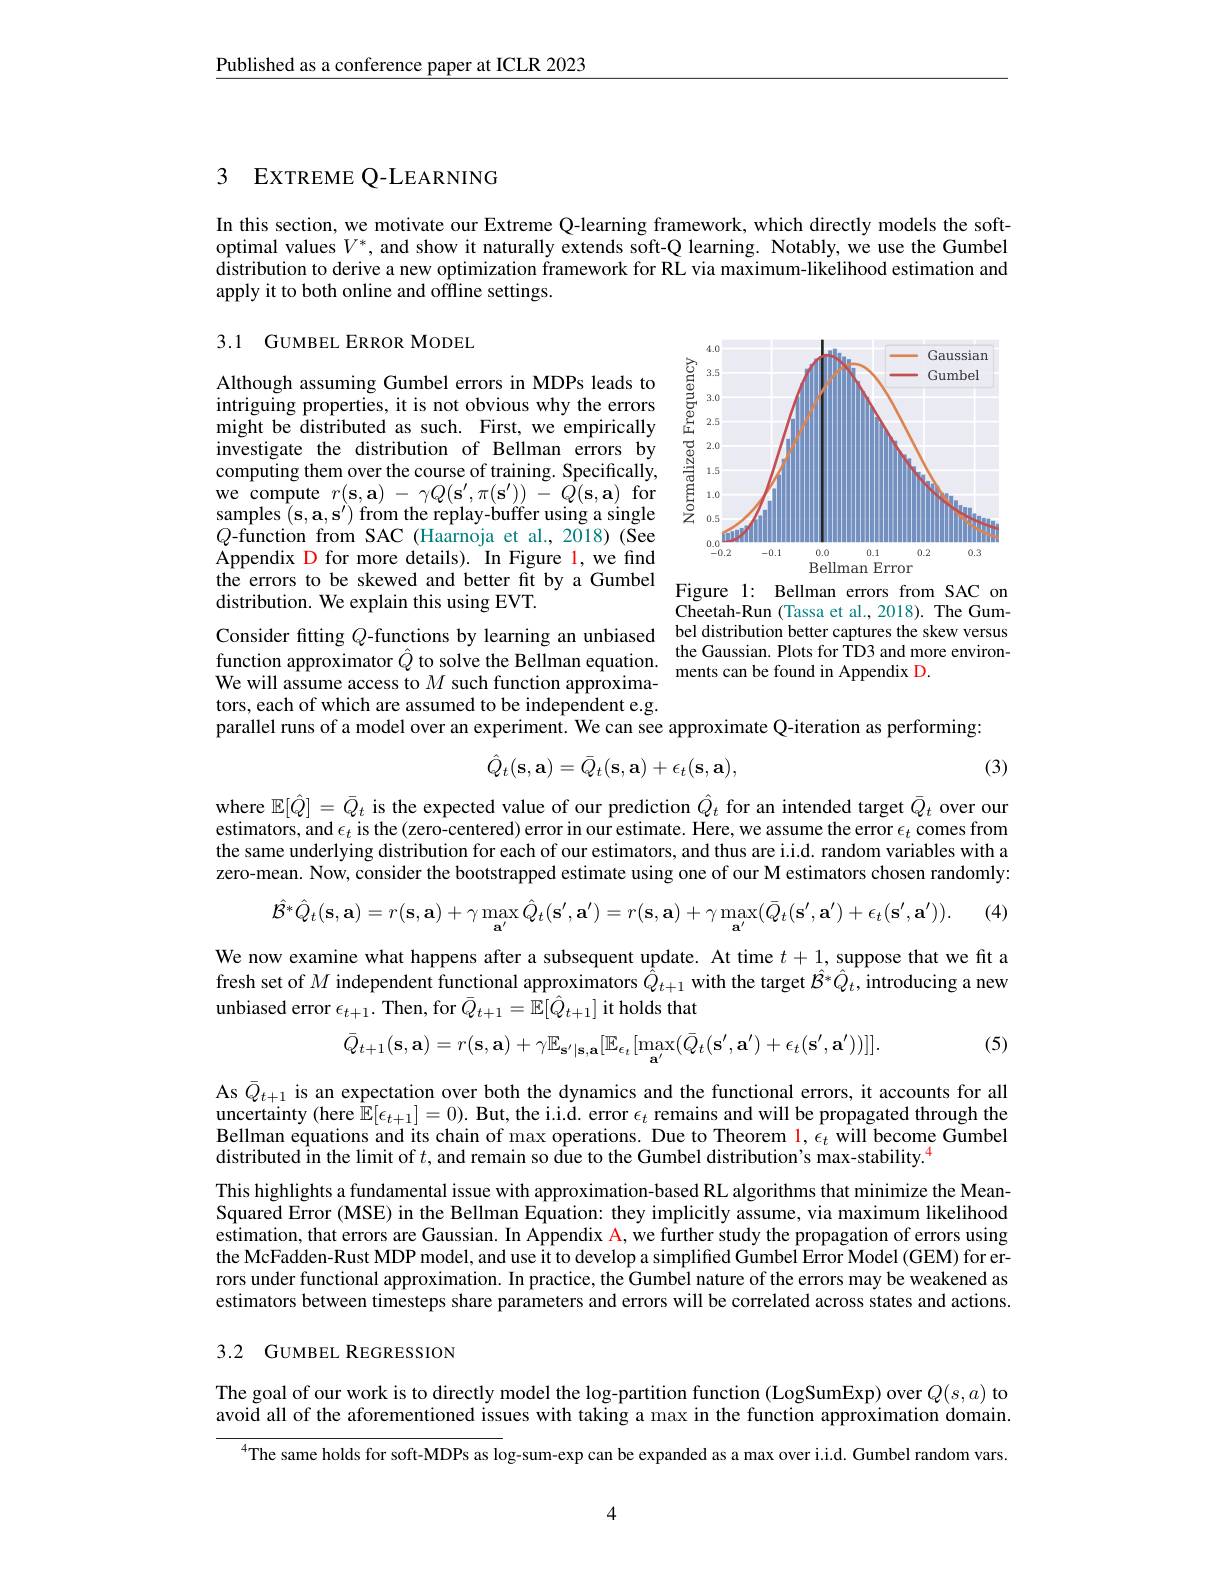
Published as a conference paper at ICLR 2023

## 3 EXTREME Q-LEARNING

In this section, we motivate our Extreme Q-learning framework, which directly models the softoptimal values $V^*$, and show it naturally extends soft-Q learning. Notably, we use the Gumbel distribution to derive a new optimization framework for RL via maximum-likelihood estimation and apply it to both online and offline settings.

## 3.1 GUMBEL ERROR MODEL

<FigureHere>
the errors to be skewed and better fit by a Gumbel Figure 1: Bellman errors from SAC on

Although assuming Gumbel errors in MDPs leads to intriguing properties, it is not obvious why the errors might be distributed as such. First, we empirically investigate the distribution of Bellman errors computing them over the course of training. Specifically, we compute $r(\mathbf{s},\mathbf{a})-\gamma Q(\mathbf{s}^{\prime},\pi(\mathbf{s}^{\prime}))-\tilde{Q}(\mathbf{s},\mathbf{a})$ for samples $(\mathbf{s},\mathbf{a},\mathbf{s}^{\prime})$ from the replay-buffer using a single $Q$-function from SAC (Haarnoja et al., 2018)(See Appendix D for more details). In Figure l, we find distribution. We explain this using EVT.
Consider fitting $Q$-functions by learning an unbiased bel distribution better captures the skew versus function approximator $\hat{Q}$ to solve the Bellman equation. the Gaussian. Plots for TD3 and more environWe will assume access to $M$ such function approxima- ments can be found in Appendix D. tors, each of which are assumed to be independent e.g.
parallel runs of a model over an experiment. We can see approximate Q-iteration as performing:

Cheetah-Run (Tassa et al., 2018). The Gum-
$$\hat{Q}_t(\mathbf{s},\mathbf{a})=\bar{Q}_t(\mathbf{s},\mathbf{a})+\epsilon_t(\mathbf{s},\mathbf{a}),$$
(3)

where $\mathbb{E}[\hat{Q}]=\bar{Q}_t$ is the expected value of our prediction $\hat{Q}_t$ for an intended target $\bar{Q}_t$ over our estimators, and $\epsilon_t$ is the (zero-centered) error in our estimate. Here, we assume the error $\epsilon_t$ comes from the same underlying distribution for each of our estimators, and thus are i.i.d. random variables with a zero-mean. Now, consider the bootstrapped estimate using one of our M estimators chosen randomly:

(4)
$$\hat{\mathcal{B}}^{*}\hat{Q}_{t}(\mathbf{s},\mathbf{a})=r(\mathbf{s},\mathbf{a})+\gamma\operatorname*{max}_{\mathbf{a}^{\prime}}\hat{Q}_{t}(\mathbf{s}^{\prime},\mathbf{a}^{\prime})=r(\mathbf{s},\mathbf{a})+\gamma\operatorname*{max}_{\mathbf{a}^{\prime}}(\bar{Q}_{t}(\mathbf{s}^{\prime},\mathbf{a}^{\prime})+\epsilon_{t}(\mathbf{s}^{\prime},\mathbf{a}^{\prime})).$$
We now examine what happens after a subsequent update. At time $t+1$, suppose that we fit a fresh set of $M$ independent functional approximators $\hat{\hat{Q}}_{t+1}$ with the target $\hat{\mathcal{B}}^*\hat{Q}_t$, introducing a new unbiased error $\epsilon_t+1.$ Then, for $\bar{Q}_{t+1}=\hat{\mathbb{E}}[\hat{Q}_{t+1}]$ it holds that

(5)
$$\bar{Q}_{t+1}(\mathbf{s},\mathbf{a})=r(\mathbf{s},\mathbf{a})+\gamma\mathbb{E}_{\mathbf{s}^{\prime}|\mathbf{s},\mathbf{a}}[\mathbb{E}_{\epsilon_{t}}[\max_{\mathbf{a}^{\prime}}(\bar{Q}_{t}(\mathbf{s}^{\prime},\mathbf{a}^{\prime})+\epsilon_{t}(\mathbf{s}^{\prime},\mathbf{a}^{\prime}))]].$$
As $\bar{Q}_{t+1}$ is an expectation over both the dynamics and the functional errors, it accounts for all uncertainty (here $\mathbb{E}[\epsilon_t+1]=0).$ But, the i.i.d. error $\epsilon_t$ remains and will be propagated through the Bellman equations and its chain of max operations. Due to Theorem $\color{red}{1,\epsilon_t}$ will become Gumbel distributed În the limit of $t$, and remain so due to the Gumbel distribution's max-stability.$^{4}$
This highlights a fundamental issue with approximation-based RL algorithms that minimize the MeanSquared Error (MSE) in the Bellman Equation: they implicitly assume, via maximum likelihood estimation, that errors are Gaussian. In Appendix A, we further study the propagation of errors using the McFadden-Rust MDP model, and use it to develop a simplified Gumbel Error Model (GEM) for errors under functional approximation. In practice, the Gumbel nature of the errors may be weakened as estimators between timesteps share parameters and errors will be correlated across states and actions.

## 3.2 GUMBEL REGRESSION

The goal of our work is to directly model the log-partition function (LogSumExp) over $Q(s,a)$ to avoid all of the aforementioned issues with taking a max in the function approximation domain.

$^{4}$The same holds for soft-MDPs as log-sum-exp can be expanded as a max over i.i.d. Gumbel random vars.

4